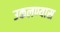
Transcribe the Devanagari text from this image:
उकलण्यास